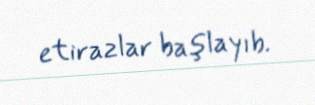
etirazlar başlayıb.